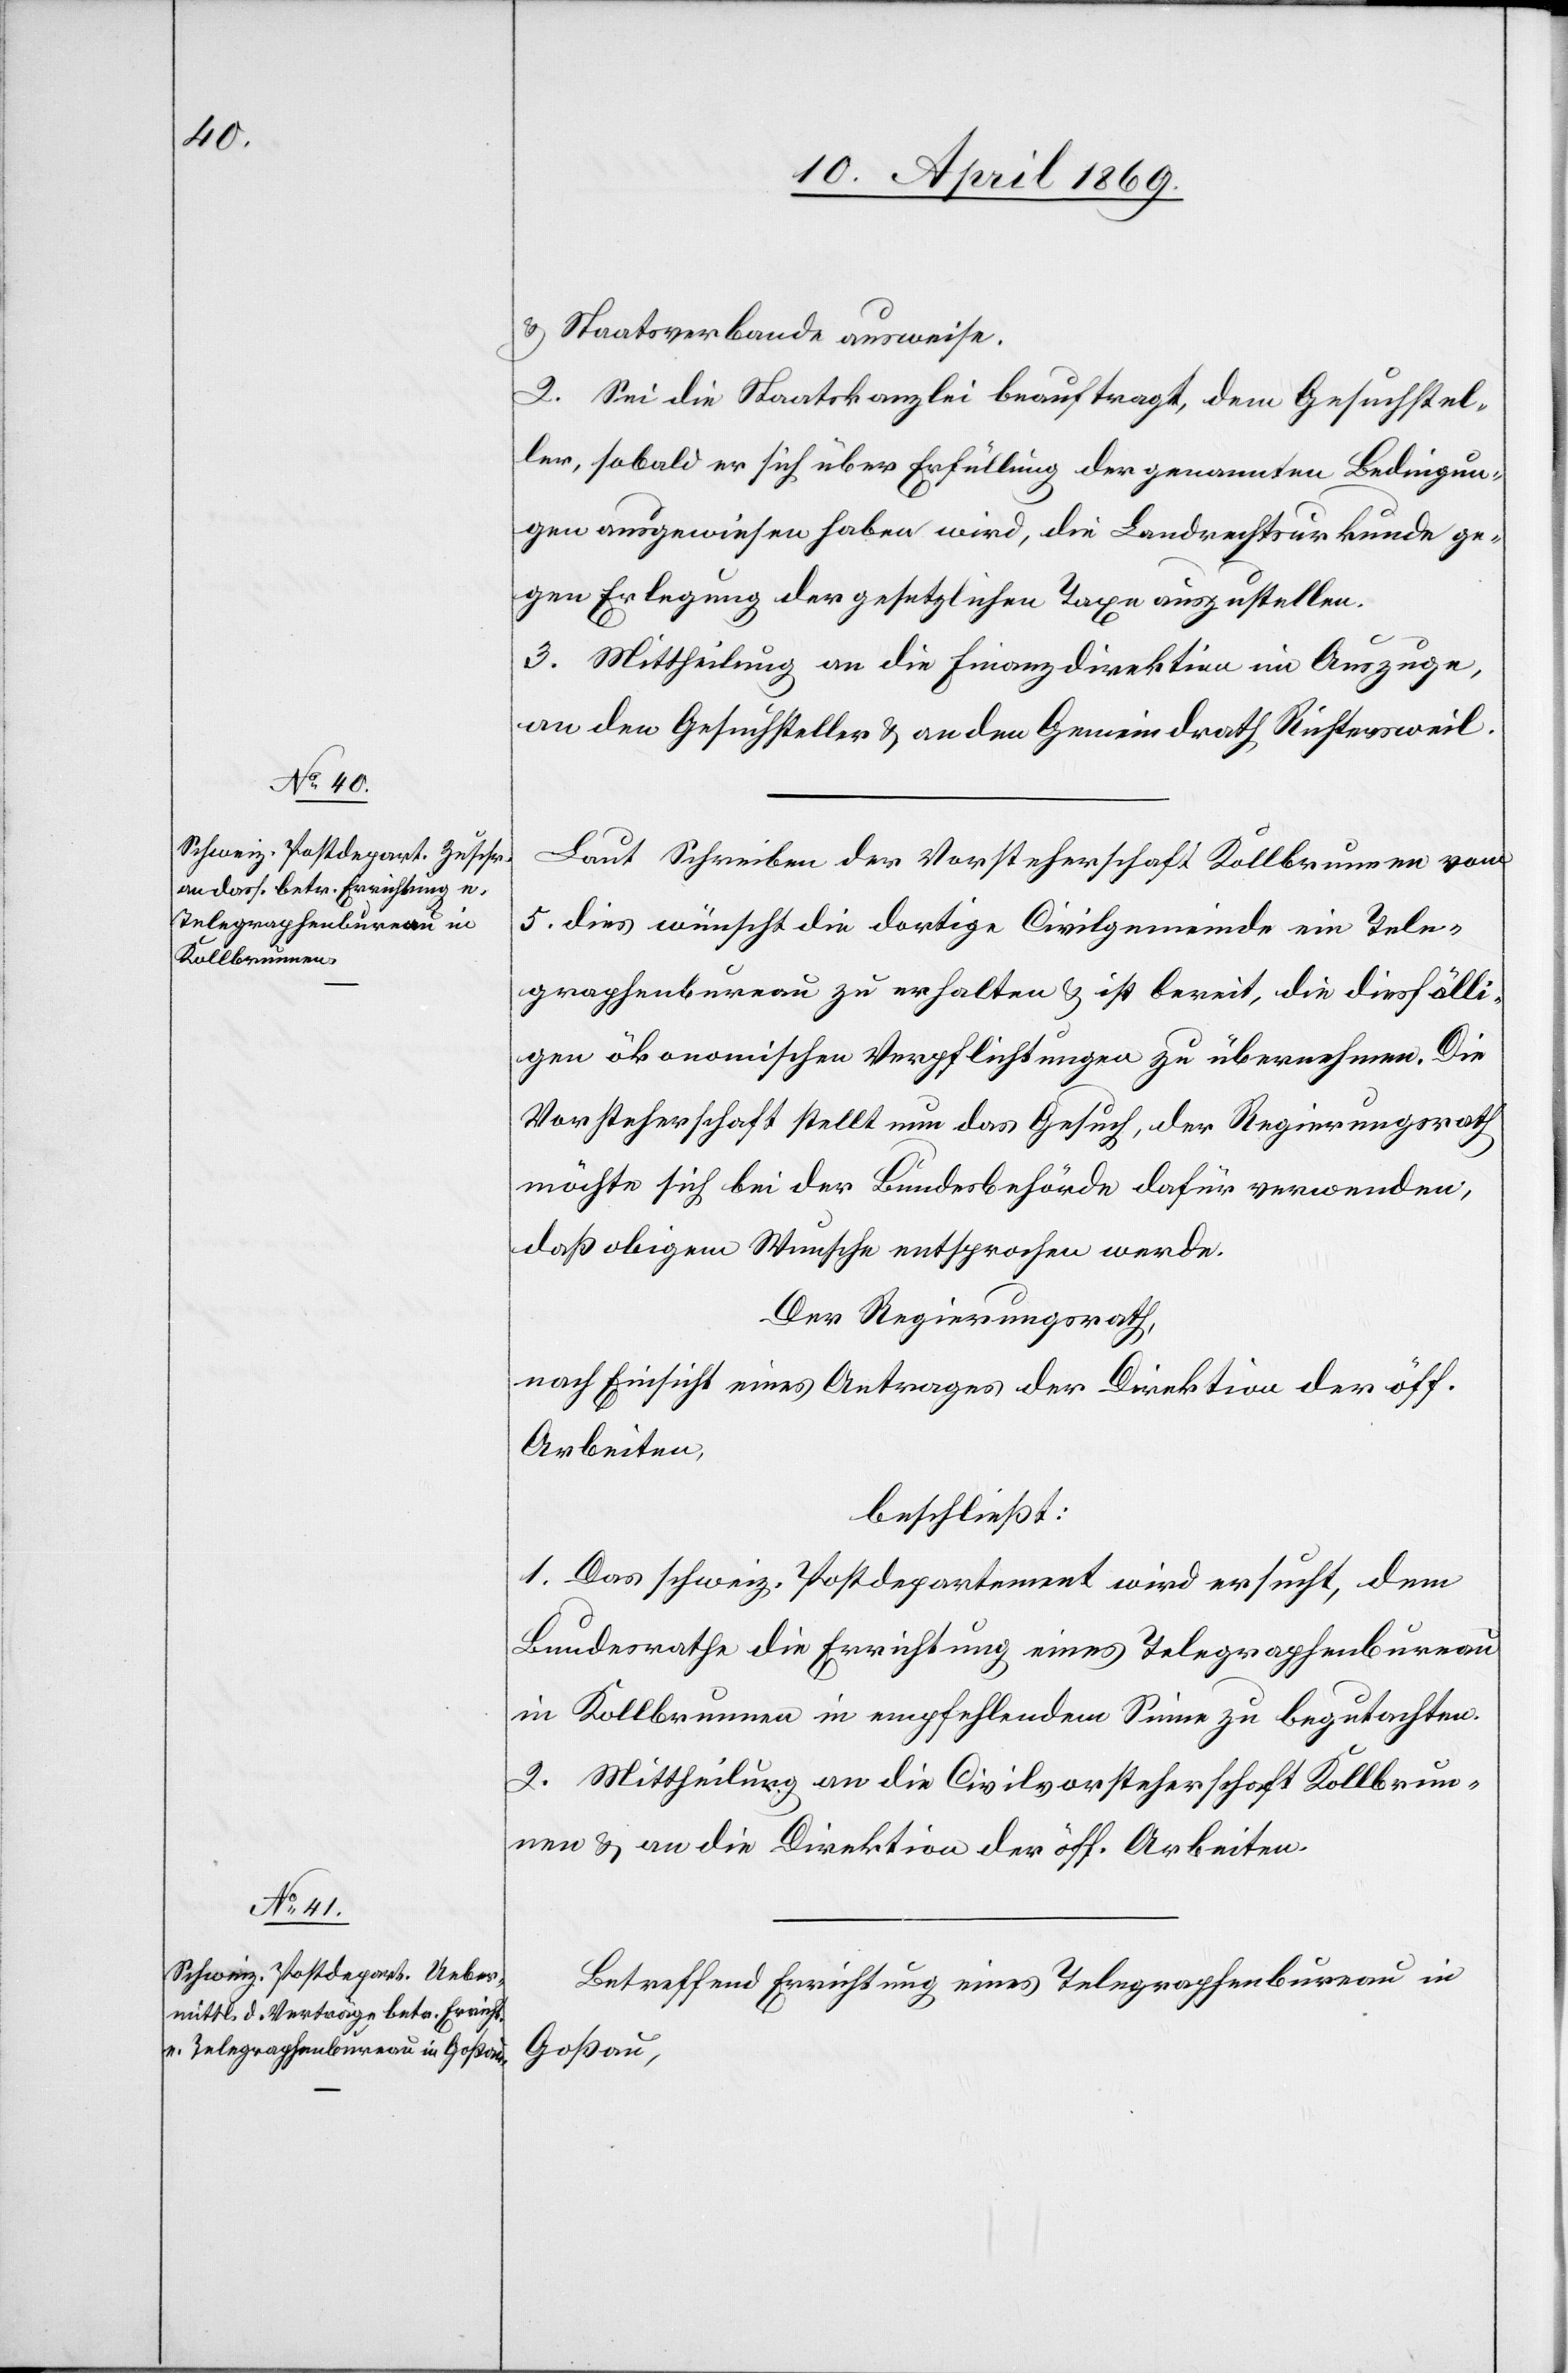
u. Staatsverbande ausweise.
2. Sei die Staatskanzlei beauftragt, dem Gesuchstel¬
ler, sobald er sich über Erfüllung der genannten Bedingun¬
gen ausgewiesen haben wird, die Landrechtsurkunde ge¬
gen Erlegung der gesetzlichen Taxe auszustellen.
3. Mittheilung an die Finanzdirektion im Auszuge,
an den Gesuchsteller u. an den Gemeindrath Richtersweil.
Laut Schreiben der Vorsteherschaft Kollbrunnen vom
5. dies wünscht die dortige Civilgemeinde ein Tele¬
graphenbureau zu erhalten u. ist bereit, die diesfälli¬
gen ökonomischen Verpflichtungen zu übernehmen. Die
Vorsteherschaft stellt nun das Gesuch, der Regierungsrath
möchte sich bei der Bundesbehörde dafür verwenden,
daß obigem Wunsche entsprochen werde.
Der Regierungsrath,
nach Einsicht eines Antrages der Direktion der öff.
Arbeiten,
beschließt:
1. Das schweiz. Postdepartement wird ersucht, dem
Bundesrathe die Errichtung eines Telegraphenbureau
in Kollbrunnen in empfehlendem Sinne zu begutachten.
2. Mittheilung an die Civilvorsteherschaft Kollbrun¬
nen u. an die Direktion der öff. Arbeiten.
Betreffend Errichtung eines Telegraphenbureau in
Goßau,